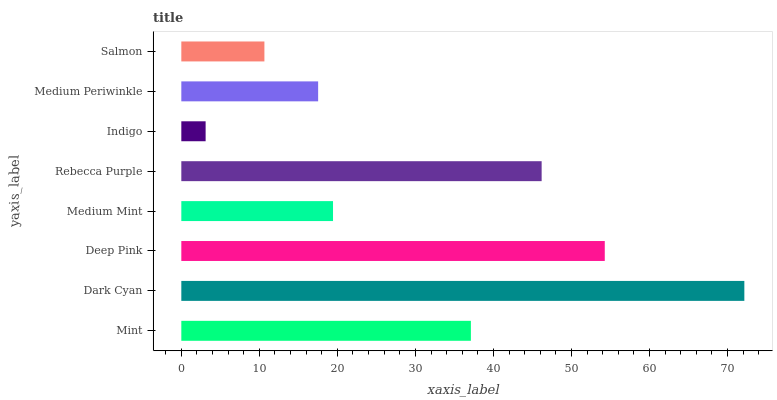
| yaxis_label | bars |
 | --- | --- |
 | Mint | 37.1 |
 | Dark Cyan | 72.2 |
 | Deep Pink | 54.3 |
 | Medium Mint | 19.4 |
 | Rebecca Purple | 46.2 |
 | Indigo | 3.11 |
 | Medium Periwinkle | 17.5 |
 | Salmon | 10.6 |